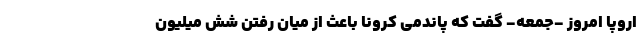
اروپا امروز -‌جمعه- گفت که پاندمی کرونا باعث از میان رفتن شش میلیون